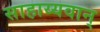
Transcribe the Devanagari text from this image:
साहाय्यवान्